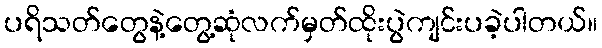
ပရိသတ်တွေနဲ့တွေ့ဆုံလက်မှတ်ထိုးပွဲကျင်းပခဲ့ပါတယ်။